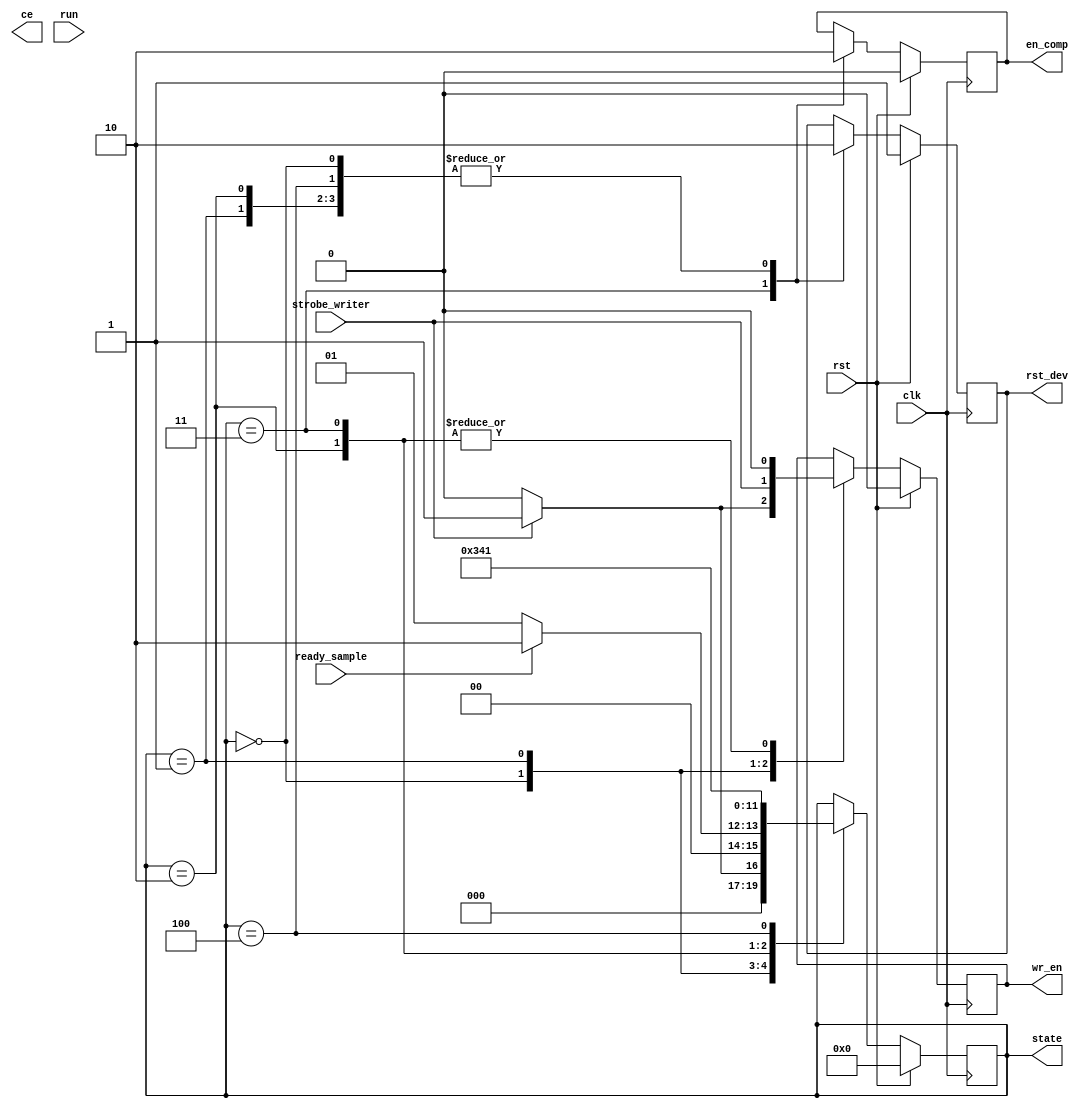
`timescale 1ns / 1ps
//////////////////////////////////////////////////////////////////////////////////
// Company: Trinity College, Virgina Tech
//
// Design Name:
// Module Name: average_fsm
// Project Name:
// Target Devices:
// Tool versions:
// Description:
//
// Dependencies:
//
// Revision:
// Revision 0.01 - File Created
// Additional Comments:
//
//////////////////////////////////////////////////////////////////////////////////
module cs_mealyfsm(
clk,
rst,
ready_sample,
ce,
en_comp,
wr_en,
rst_dev,
strobe_writer,
run,
state
);

//state symbols
parameter IDLE = 4'd0;
parameter WRITE_FIFO_S = 4'd1;
parameter STORE_SAMPLE = 4'd2;
parameter DETECTION = 4'd3;
parameter WAIT = 4'd4;

//state register
output reg [3:0] state;

//output to data path
output reg ce;
output reg rst_dev;
output reg en_comp;
output reg wr_en;

//input to controller
input clk, rst, strobe_writer, run;
input ready_sample;

//local register
reg rst_counter;

always@(posedge clk) begin

if (rst) begin

//CONTROL SIGNALS
en_comp <= 0; //disable comparator
wr_en <= 0; //disable writer into the fifo
rst_dev <=1; //reset all fifos in the data path
//state transition
state <= IDLE; //go to writing

end

else begin
case (state)

IDLE : begin

//CONTROL SIGNALS
en_comp <= 0; //disable comparator
wr_en <= 0; //disable writer into the fifo
rst_dev <=0; //reset all fifos in the data path
//state transition
if(strobe_writer) begin
wr_en <= strobe_writer;
state <= WRITE_FIFO_S;
end
else begin
wr_en <= 0;
state <= IDLE;
end

end

WRITE_FIFO_S : begin

//control
en_comp <= 0;
//note: at this point, strobe writer might be low, and i and q into the buffers might be zero,
//so, we should check if strobe write is low, and if it is, exit out!
wr_en <= strobe_writer;
rst_dev <=0;

//state
if (ready_sample) begin
state <= STORE_SAMPLE;
rst_dev <= 0; //reset adder, divider-register should be empty already
end
else
state <= WRITE_FIFO_S;

end

STORE_SAMPLE : begin

//control
en_comp <= 0; //NEEDED ?
wr_en <= 0; //NEEDED ? SINCE DETECTION MAKES WR_EN ZERO !
rst_dev <= 0; //NEEDED ?
//state
state <= DETECTION;

end

DETECTION : begin

//control
en_comp <= 1;
wr_en <= 0;
rst_dev <= 1;
//state
state <= WAIT;

end

WAIT : begin

//control
en_comp <= 0;
rst_dev <= 0;
//state
state<=WRITE_FIFO_S;

end

endcase
end

end
endmodule